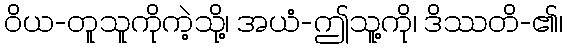
ဝိယ-တူသူကိုကဲ့သို့၊ အယံ-ဤသူ့ကို၊ ဒိဿတိ-၏၊